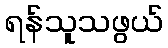
ရန်သူသဖွယ်